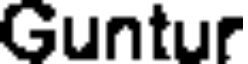
Guntur